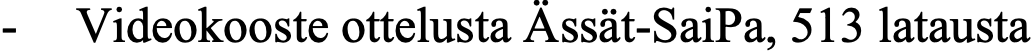
- Videokooste ottelusta Ässät-SaiPa, 513 latausta